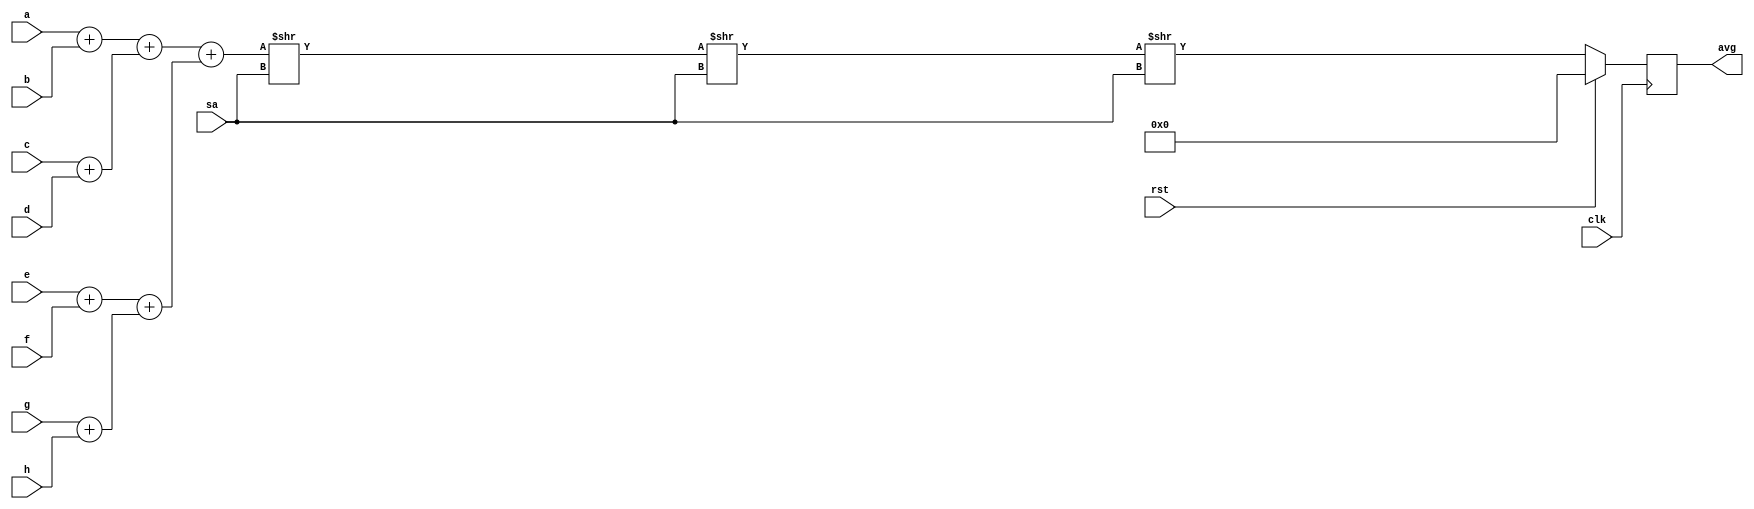
`timescale 1ns/1ns

module circuit3_behav(a,b,c,d,e,f,g,h,sa,avg,clk,rst);

    input             clk, rst;
    input      [15:0] a, b, c, d, e, f, g, h;
    input      [ 7:0] sa;
    output reg [15:0] avg;
    
    wire       [15:0] l00, l01, l02, l03; // Only assigning 16 bits of sum to register
    wire       [31:0] l10, l11, l2, l2div2, l2div4, l2div8;

    assign l00 = a + b;
    assign l01 = c + d;
    assign l02 = e + f;
    assign l03 = g + h;
    assign l10 = l00 + l01;
    assign l11 = l02 + l03;
    assign l2 = l10 + l11;
    assign l2div2 = l2 >> sa;
    assign l2div4 = l2div2 >> sa;
    assign l2div8 = l2div4 >> sa;
    always @(posedge clk) avg <= rst ? 0 : l2div8[15:0];

endmodule